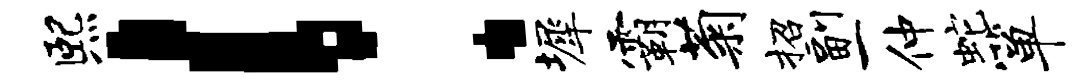
熙！墀霸菊招副一仲蛇箪